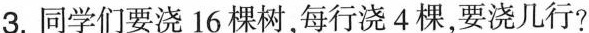
3.同学们要浇16棵树，每行浇4棵，要浇几行?